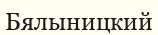
Бялыницкий